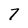
Character: 7